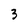
Character: 3